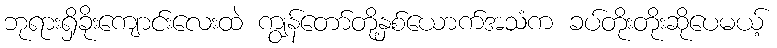
ဘုရားရှိခိုးကျောင်းလေးထဲ ကျွန်တော်တို့နှစ်ယောက်အသံက ခပ်တိုးတိုးဆိုပေမယ့်